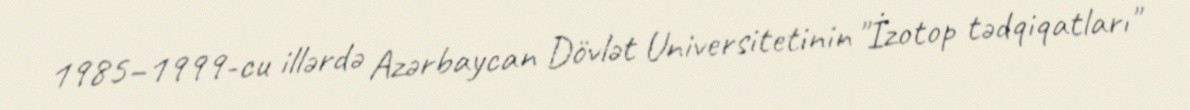
1985–1999-cu illərdə Azərbaycan Dövlət Universitetinin "İzotop tədqiqatları"